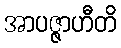
အာပဇ္ဇာဟီတိ